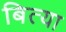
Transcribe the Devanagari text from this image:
बित्या